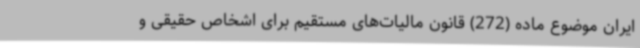
ایران موضوع ماده (272) قانون مالیات‌های مستقیم برای اشخاص حقیقی و